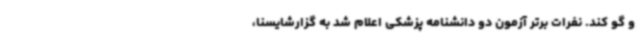
و گو کند. نفرات برتر آزمون دو دانشنامه پزشکی اعلام شد به گزارشایسنا،